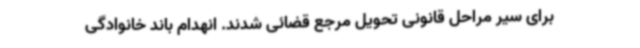
برای سیر مراحل قانونی تحویل مرجع قضائی شدند. انهدام باند خانوادگی